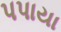
પપાયા